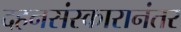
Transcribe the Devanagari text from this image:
दहनसंस्कारानंतर